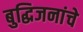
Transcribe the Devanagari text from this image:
बुद्धिजनांचे